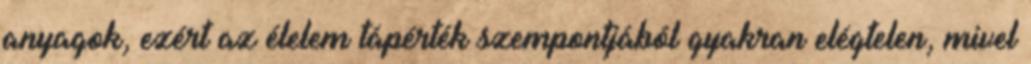
anyagok, ezért az élelem tápérték szempontjából gyakran elégtelen, mivel